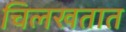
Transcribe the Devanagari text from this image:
चिलखतात